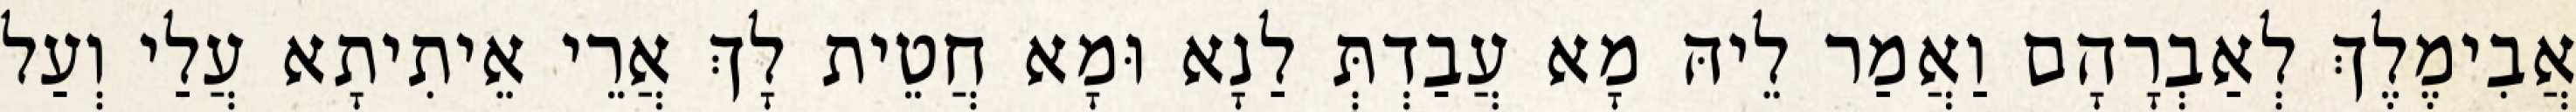
אֲבִימֶלֶךְ לְאַבְרָהָם וַאֲמַר לֵיהּ מָא עֲבַדְתְּ לַנָא וּמָא חֲטֵית לָךְ אֲרֵי אֵיתִיתָא עֲלַי וְעַל